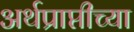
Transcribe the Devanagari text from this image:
अर्थप्राप्तीच्या